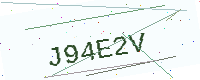
Text: J94E2V